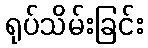
ရုပ်သိမ်းခြင်း